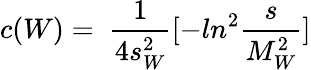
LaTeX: c(W)=~{\frac{1}{4s_{W}^{2}}}[-ln^{2}{\frac{s}{M_{W}^{2}}}]